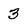
Character: 3